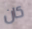
كان